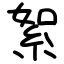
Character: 絮